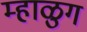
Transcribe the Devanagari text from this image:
म्हाळुग